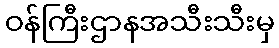
ဝန်ကြီးဌာနအသီးသီးမှ